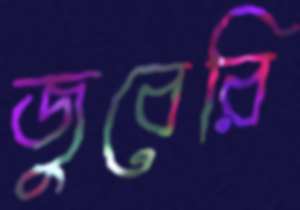
জুবেরি